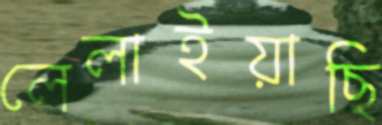
লেলাইয়াছি